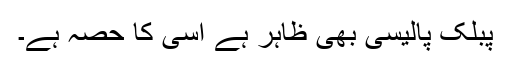
پبلک پالیسی بھی ظاہر ہے اسی کا حصہ ہے۔